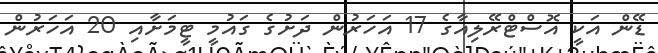
ޑޭން އަކީ އޮސްޓްރޭލިއާގެ 17 އަހަރުން ދަށުގެ ގައުމީ ޓީމަށާއި 20 އަހަރުން